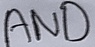
Text: AND